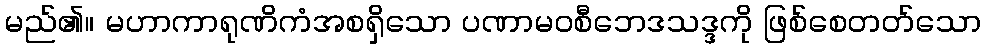
မည်၏။ မဟာကာရုဏိကံအစရှိသော ပဏာမဝစီဘေဒသဒ္ဒကို ဖြစ်စေတတ်သော